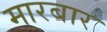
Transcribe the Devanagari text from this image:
मारबार